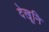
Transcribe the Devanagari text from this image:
देखूनि